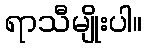
ရာသီမျိုးပါ။